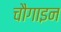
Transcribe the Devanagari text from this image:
चौगाइन